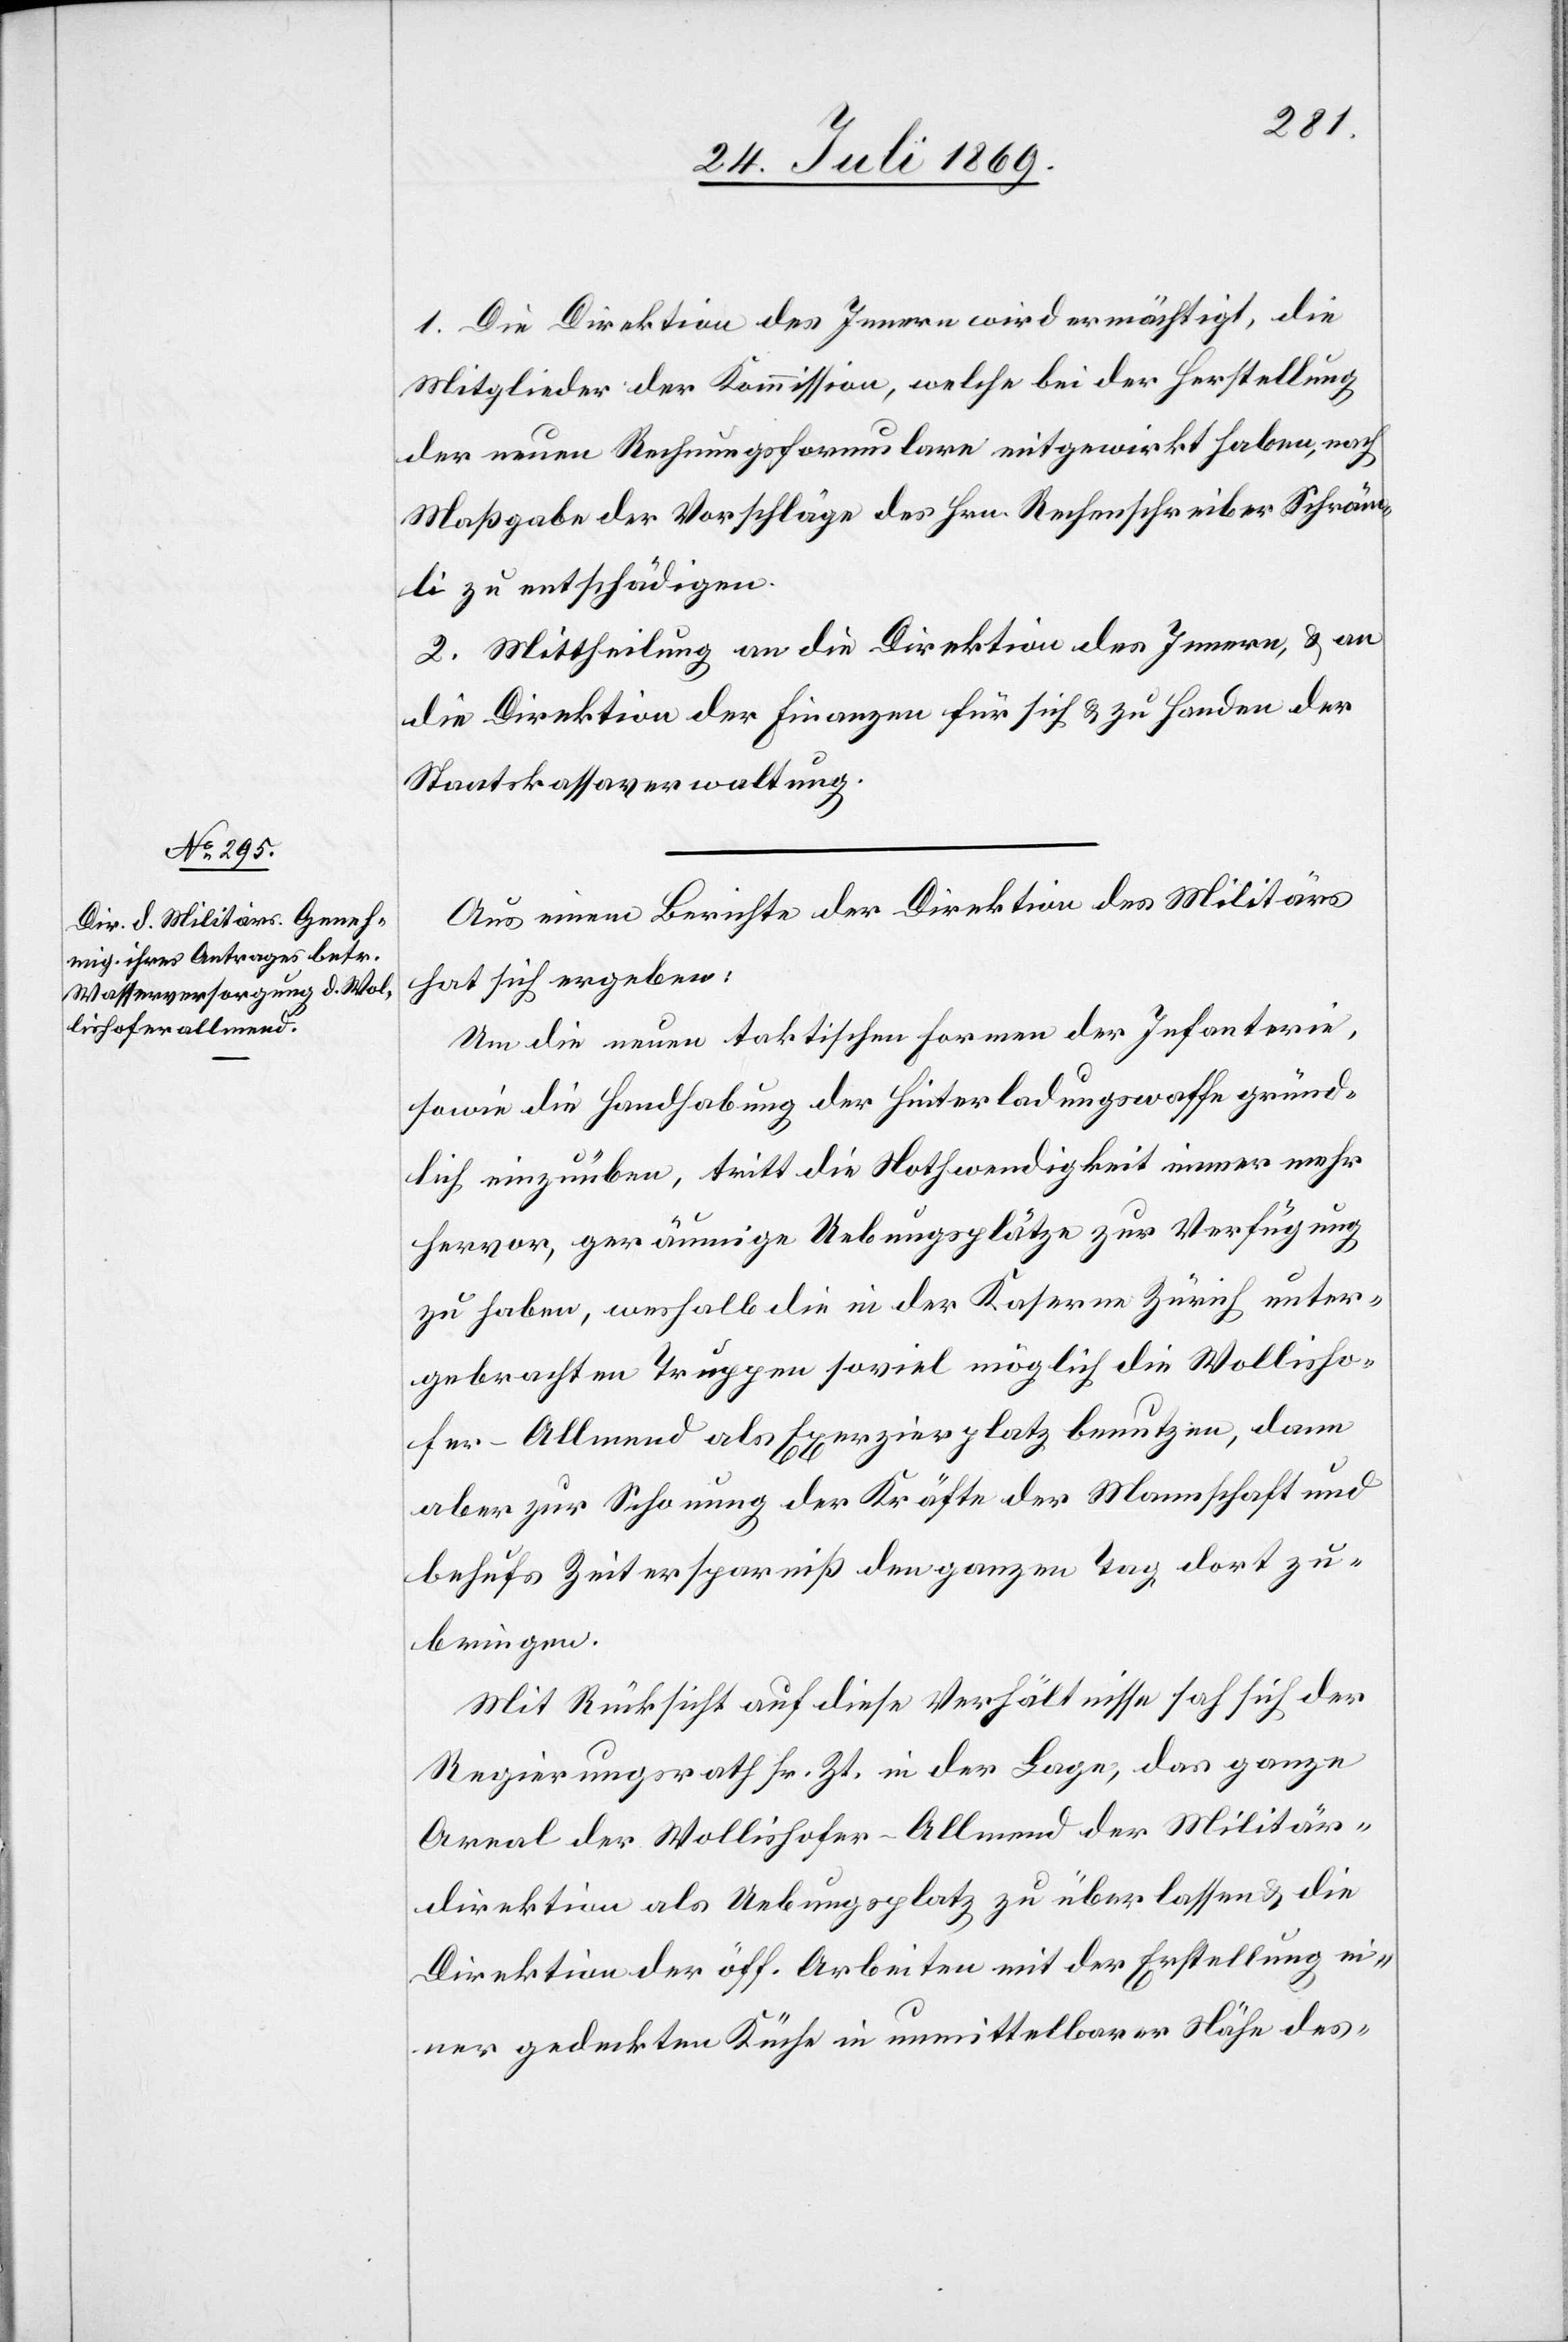
1. Die Direktion des Innern wird ermächtigt, die
Mitglieder der Kommission, welche bei der Herstellung
der neuen Rechnungsformulare mitgewirkt haben, nach
Maßgabe der Vorschläge des Hrn. Rechenschreiber Schräm¬
li zu entschädigen.
2. Mittheilung an die Direktion des Innern, u. an
die Direktion der Finanzen für sich u. zu Handen der
Staaatskassaverwaltung.
Aus einem Berichte der Direktion des Militärs
hat sich ergeben:
Um die neuen taktischen Formen der Infanterie,
sowie die Handhabung der Hinterladungswaffe gründ¬
lich einzuüben, tritt die Nothwendigkeit immer mehr
hervor, geräumige Uebungsplätze zur Verfügung
zu haben, weshalb die in der Kaserne Zürich unter¬
gebrachten Truppen soviel möglich die Wollisho¬
fer-Allmend als Exerzierplatz benutzen, dann
aber zur Schonung der Kräfte der Mannschaft und
behufs Zeitersparniß den ganzen Tag dort ver¬
bringen.
Mit Rücksicht auf diese Verhältnisse sah sich der
Regierungsrath sr. Zt. in der Lage, das ganze
Areal der Wollishofer-Allmend der Militär¬
direktion als Uebungsplatz zu überlassen u. die
Direktion der öff. Arbeiten mit der Erstellung ei¬
ner gedeckten Küche in unmittelbarer Nähe des-